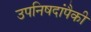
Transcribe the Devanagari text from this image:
उपनिषदांपैकी